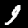
Label: 9